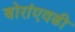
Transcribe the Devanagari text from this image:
बोरांएवढी